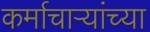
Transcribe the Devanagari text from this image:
कर्माचाऱ्यांच्या